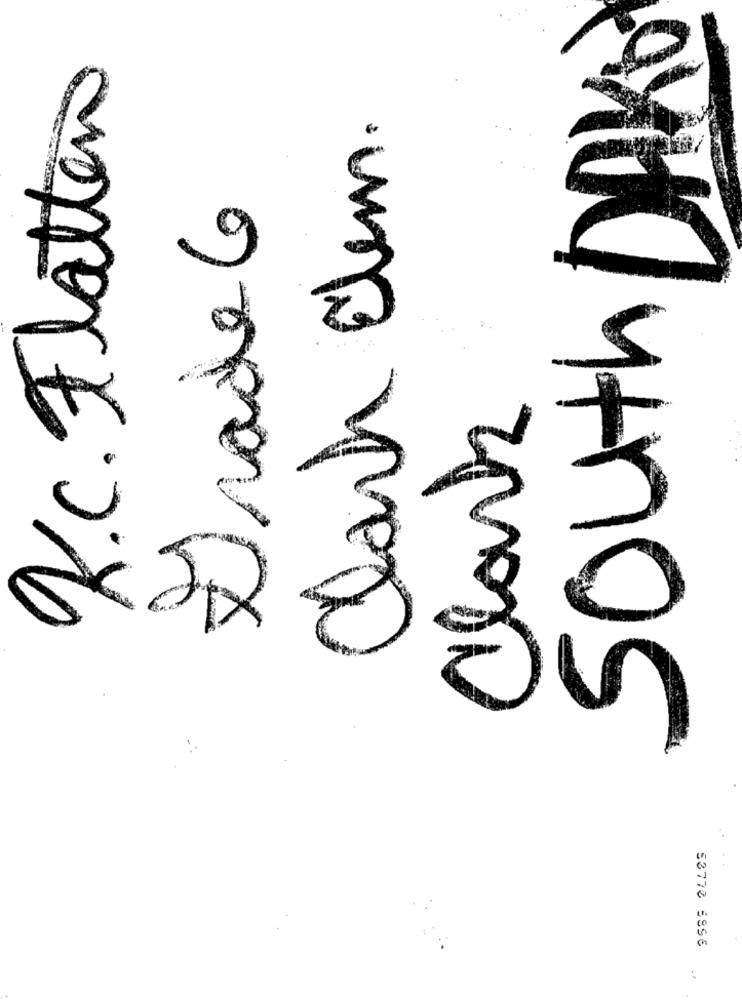
South DAK!
K.c. Flatten
Clark Elem.
Drade 6
Clark
53770 5856